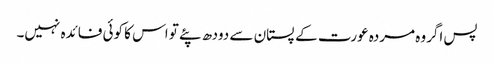
پس اگروہ مردہ عورت کے پستان سے دودھ پئے تو اس کا کوئی فائدہ نہیں۔